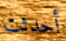
أحدثت